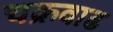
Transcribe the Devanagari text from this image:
चक्रवाढ